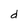
Character: d